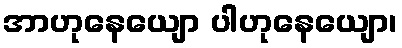
အာဟုနေယျော ပါဟုနေယျော၊